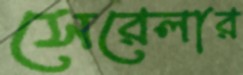
সেরেলার